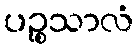
ပဉ္စသာလံ